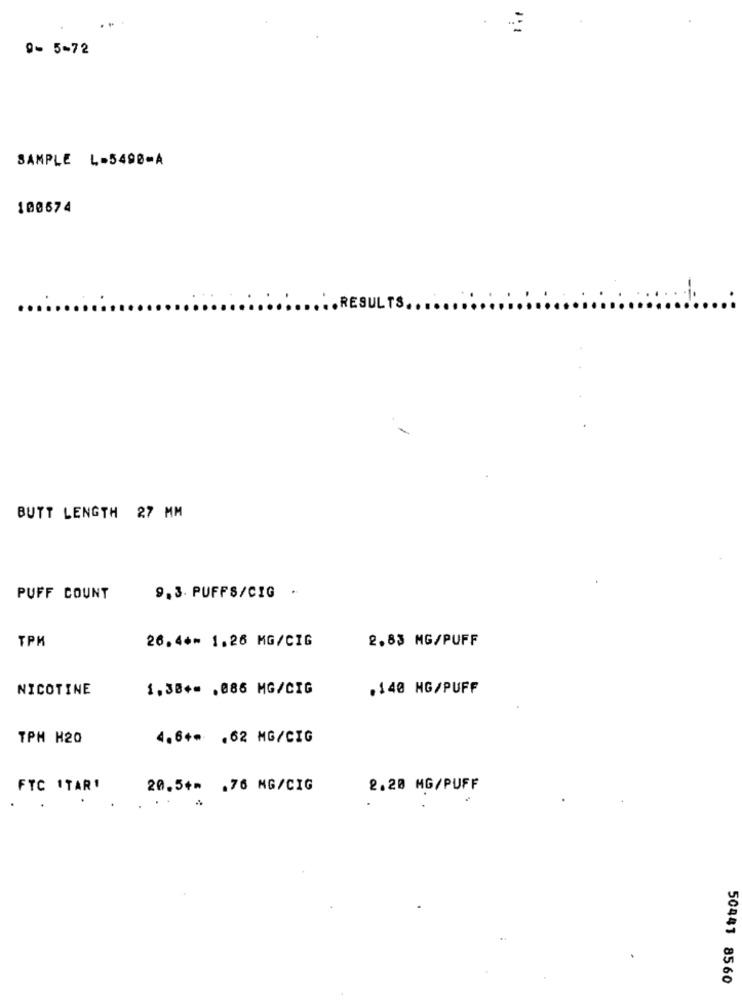
. -
9- 5-72
SAMPLE L-5498-A
100674
. RESULTS ...
BUTT LENGTH 27 MM
PUFF COUNT
9.3. PUFFS/CIG .
TPM
26.4 ** 1.26 MG/CIG
2.83 MG/PUFF
NICOTINE
1.38+= . 085 MG/CIG
.140 NG/PUFF
TPM H20
4.6+* . 62 MG/CIG
FTC ITAR!
20.5+* . 76 MG/CIG
2.20 MG/PUFF
50441 8560